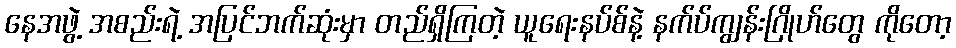
နေအဖွဲ့ အစည်းရဲ့ အပြင်ဘက်ဆုံးမှာ တည်ရှိကြတဲ့ ယူရေးနပ်စ်နဲ့ နက်ပ်ကျွန်းဂြိုဟ်တွေ ကိုတော့